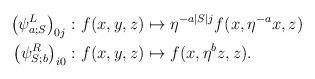
LaTeX: \begin{align*} \left(\psi^L_{a;S}\right)_{0j}\colon& f(x,y,z) \mapsto \eta^{-a \vert S \vert j} f(x, \eta^{-a}x,z) \\ \left(\psi^R_{S;b}\right)_{i0}\colon& f(x,y,z) \mapsto f(x, \eta^{b}z,z). \end{align*}